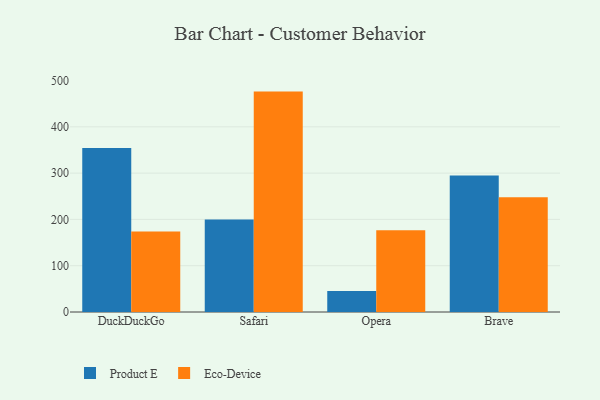
{"axis": {"x": "Browser", "y": "Budget (USD K)"}, "legend": ["Eco-Device", "Product E"], "data": [{"x": "DuckDuckGo", "y": 354.5, "type": "Product E"}, {"x": "DuckDuckGo", "y": 173.9, "type": "Eco-Device"}, {"x": "Safari", "y": 200.0, "type": "Product E"}, {"x": "Safari", "y": 476.1, "type": "Eco-Device"}, {"x": "Opera", "y": 45.6, "type": "Product E"}, {"x": "Opera", "y": 176.6, "type": "Eco-Device"}, {"x": "Brave", "y": 294.8, "type": "Product E"}, {"x": "Brave", "y": 248.0, "type": "Eco-Device"}]}